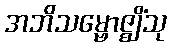
အဘိသမ္ဗောဇ္ဈိံသု